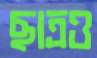
ছাত্রও